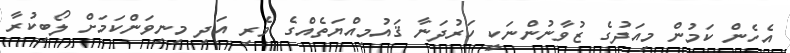
އެހެން ކަމުން މިއަދުގެ ޒުވާނުންނަކީ ހަރުދަނާ ޤައުމިއްޔަތެއްގެ ވެރި އަދި މިނިވަންކަމަށް ލޯބިކުރާ